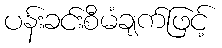
ပန်းခင်းစီမံချက်ဖြင့်